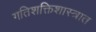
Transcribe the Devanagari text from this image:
गतिशक्तिशास्त्रात